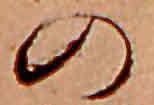
の